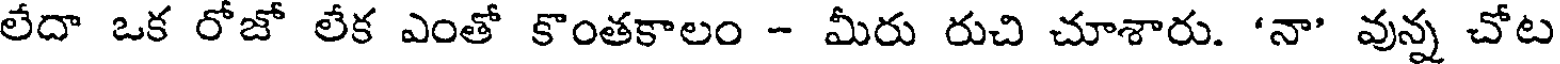
లేదా ఒక రోజో లేక ఎంతో కొంతకాలం - మీరు రుచి చూశారు. 'నా' వున్న చోట